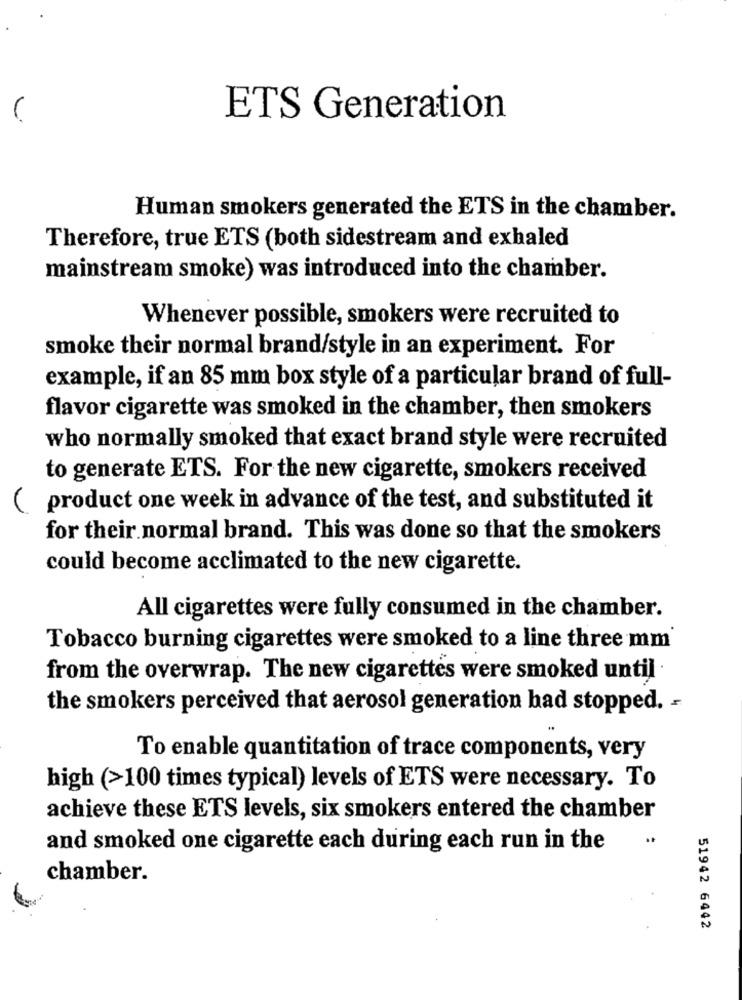
ETS Generation
Human smokers generated the ETS in the chamber.
Therefore, true ETS (both sidestream and exhaled
mainstream smoke) was introduced into the chamber.
Whenever possible, smokers were recruited to
smoke their normal brand/style in an experiment. For
example, if an 85 mm box style of a particular brand of full-
flavor cigarette was smoked in the chamber, then smokers
who normally smoked that exact brand style were recruited
to generate ETS. For the new cigarette, smokers received
product one week in advance of the test, and substituted it
for their normal brand. This was done so that the smokers
could become acclimated to the new cigarette.
All cigarettes were fully consumed in the chamber.
Tobacco burning cigarettes were smoked to a line three mm
from the overwrap. The new cigarettes were smoked until .
the smokers perceived that aerosol generation had stopped. -
To enable quantitation of trace components, very
high (>100 times typical) levels of ETS were necessary. To
achieve these ETS levels, six smokers entered the chamber
and smoked one cigarette each during each run in the
chamber.
51942 6442